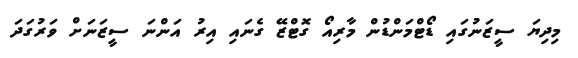
މިދިޔަ ސީޒަނުގައި ޑޯޓްމަންޑުން މާރިއޯ ގޮޓްޒޭ ގެނައި އިރު އަންނަ ސީޒަނަށް ވަރުގަދަ